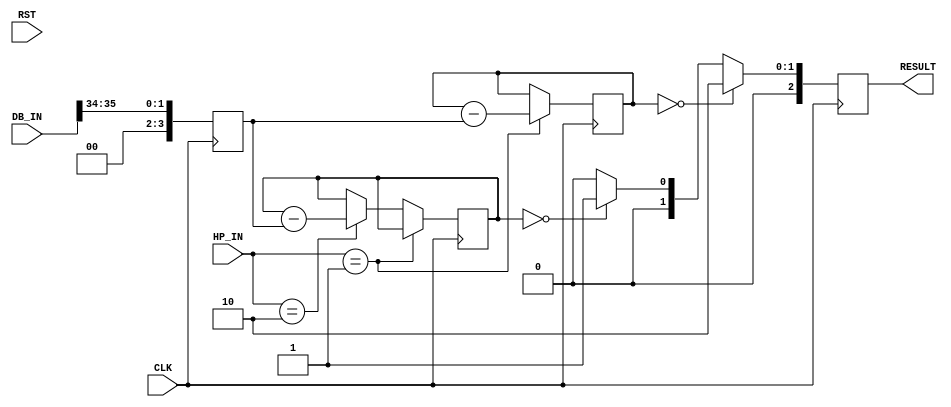
module MANAGE_HP(
input CLK,RST,
input [2:0] HP_IN,  //win_loseのoutput 00 無入力　01 自分勝ち 10　相手勝ち　11　ドロー
input [35:0] DB_IN, //DBから数列を取得
output reg [2:0] RESULT// 00 無出力　01 相手HP0 (自分の勝ち)   10　自分のHP0 (相手の勝ち) 　
);

reg [3:0]MY_HP; 
reg [3:0]ENEMY_HP;
reg [1:0] NUM; //難易度　2bit を取り出す
reg [3:0] LEVEL; //難易度 HPから引く　3bit

initial begin//HPの初期値10
MY_HP <= 3'd10;
ENEMY_HP <= 3'd10;
end


//一度HPが0になった後HPを10に戻す処理
//always @( posedge CLK)begin 
//state が最後の時
//MY_HP <= 3'd10;
//ENEMY_HP <= 3'd10;
//end

always @( posedge CLK)begin
 NUM = DB_IN[35:34];
 LEVEL  = NUM; //3bitに拡張
end


always @( posedge CLK)begin //HPを減らしていく
    if(HP_IN == 3'b01) //先に自分が正解
        ENEMY_HP <= ENEMY_HP - LEVEL;
     else if(HP_IN == 3'b10) //相手が先に正解
        MY_HP <= MY_HP - LEVEL;
     
 end

always @( posedge CLK)begin  //最終的にHPが0になった時
    if(ENEMY_HP == 0)//相手HP0 自分の勝ち
        RESULT <= 3'b10;
    else if(MY_HP == 0) //自分HP0 自分負け
        RESULT <= 3'b01;
    else
        RESULT <= 3'b00;  //それ以外
    

 end   


endmodule